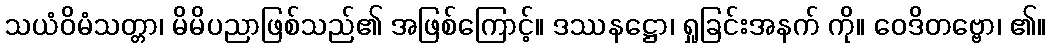
သယံဝိမံသတ္တာ၊ မိမိပညာဖြစ်သည်၏ အဖြစ်ကြောင့်။ ဒဿနဋ္ဌော၊ ရှုခြင်းအနက် ကို။ ဝေဒိတဗ္ဗော၊ ၏။